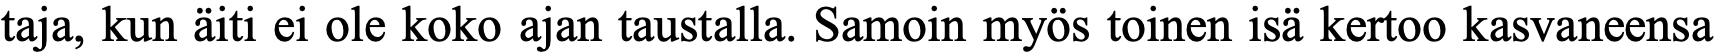
taja, kun äiti ei ole koko ajan taustalla. Samoin myös toinen isä kertoo kasvaneensa